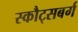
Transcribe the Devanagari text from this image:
स्कौट्सबर्ग